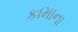
કામાના